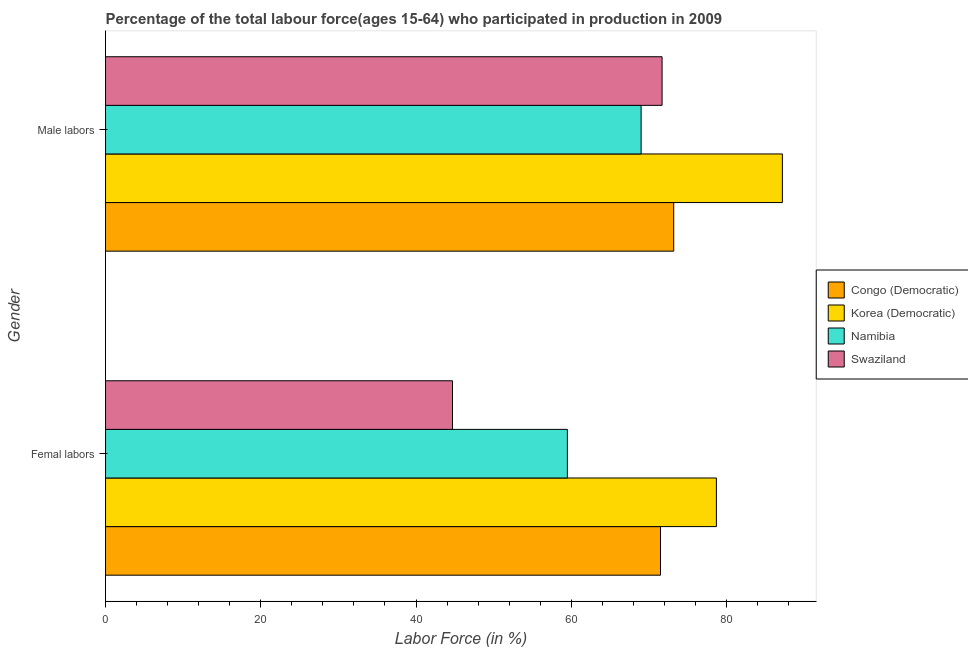
| Gender | Congo (Democratic) | Korea (Democratic) | Namibia | Swaziland |
 | --- | --- | --- | --- | --- |
 | Femal labors | 71.5 | 78.7 | 59.5 | 44.7 |
 | Male labors | 73.2 | 87.2 | 69 | 71.7 |